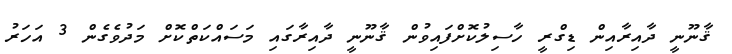
ޤާނޫނީ ދާއިރާއިން ޑިގްރީ ހާސިލުކޮށްފައިވުން ޤާނޫނީ ދާއިރާގައި މަސައްކަތްކޮށް މަދުވެގެން 3 އަހަރު